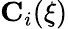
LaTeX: \mathbf{C}_{i}(\xi)